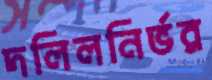
দলিলনির্ভর